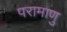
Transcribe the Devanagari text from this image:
परामाणु